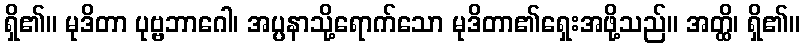
ရှိ၏။ မုဒိတာ ပုဗ္ဗဘာဂေါ၊ အပ္ပနာသို့ရောက်သော မုဒိတာ၏ရှေးအဖို့သည်။ အတ္ထိ၊ ရှိ၏။